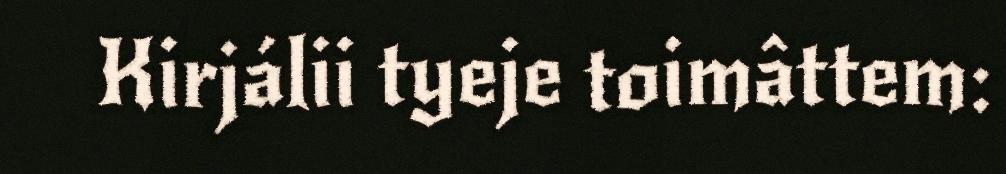
Kirjálii tyeje toimâttem: